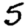
Digit: 5